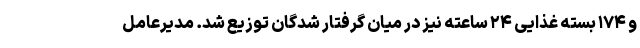
و ۱۷۴ بسته غذایی ۲۴ ساعته نیز در میان گرفتار شدگان توزیع شد. مدیرعامل